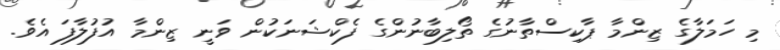
މި ހަމަލާގެ ޒިންމާ ޕާކިސްތާނުގެ ތޯލިބާނުންގެ ފެކްޝަނަކުން ވަނީ ޒިންމާ އުފުލާފަ އެވެ.